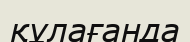
құлағанда